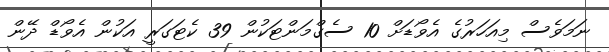
ނަމަވެސް މިއަހަރުގެ އެވޯޑަށް 10 ސެގްމަންޓަކުން 39 ކެޓަގަރީ އަކުން އެވޯޑް ދޭން